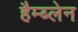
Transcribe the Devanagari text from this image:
हैम्ब्लेन